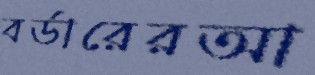
বর্ডারেরআ